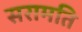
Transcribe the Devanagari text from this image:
सरामति